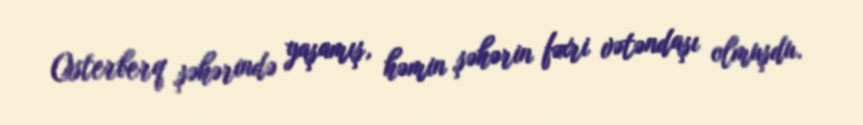
Osterberq şəhərində yaşamış, həmin şəhərin fəxri vətəndaşı olmuşdu.